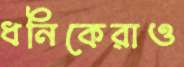
ধনিকেরাও